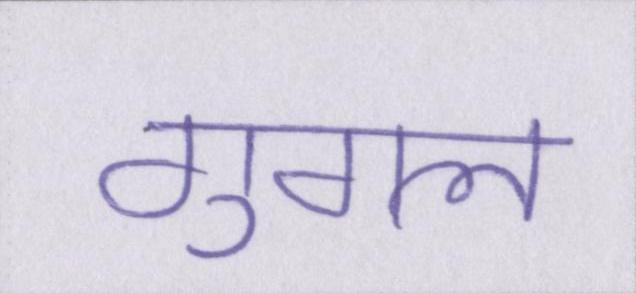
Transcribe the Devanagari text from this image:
गुगल